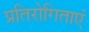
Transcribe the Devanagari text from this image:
प्रतिरोगिताएं